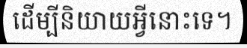
ដើម្បីនិយាយអ្វីនោះទេ។